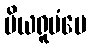
ပိယရူပံပေ